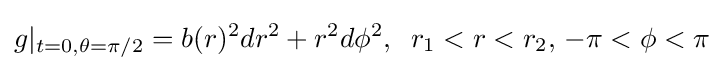
g|_{t=0,\theta =\pi /2}=b(r)^{2}dr^{2}+r^{2}d\phi ^{2},\;\;r_{1}<r<r_{2},\,-\pi <\phi <\pi